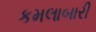
કમલાબારી